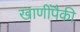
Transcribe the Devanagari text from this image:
खाणींपैकी